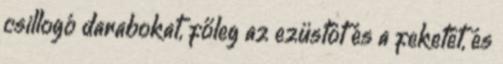
csillogó darabokat, főleg az ezüstöt és a feketét, és